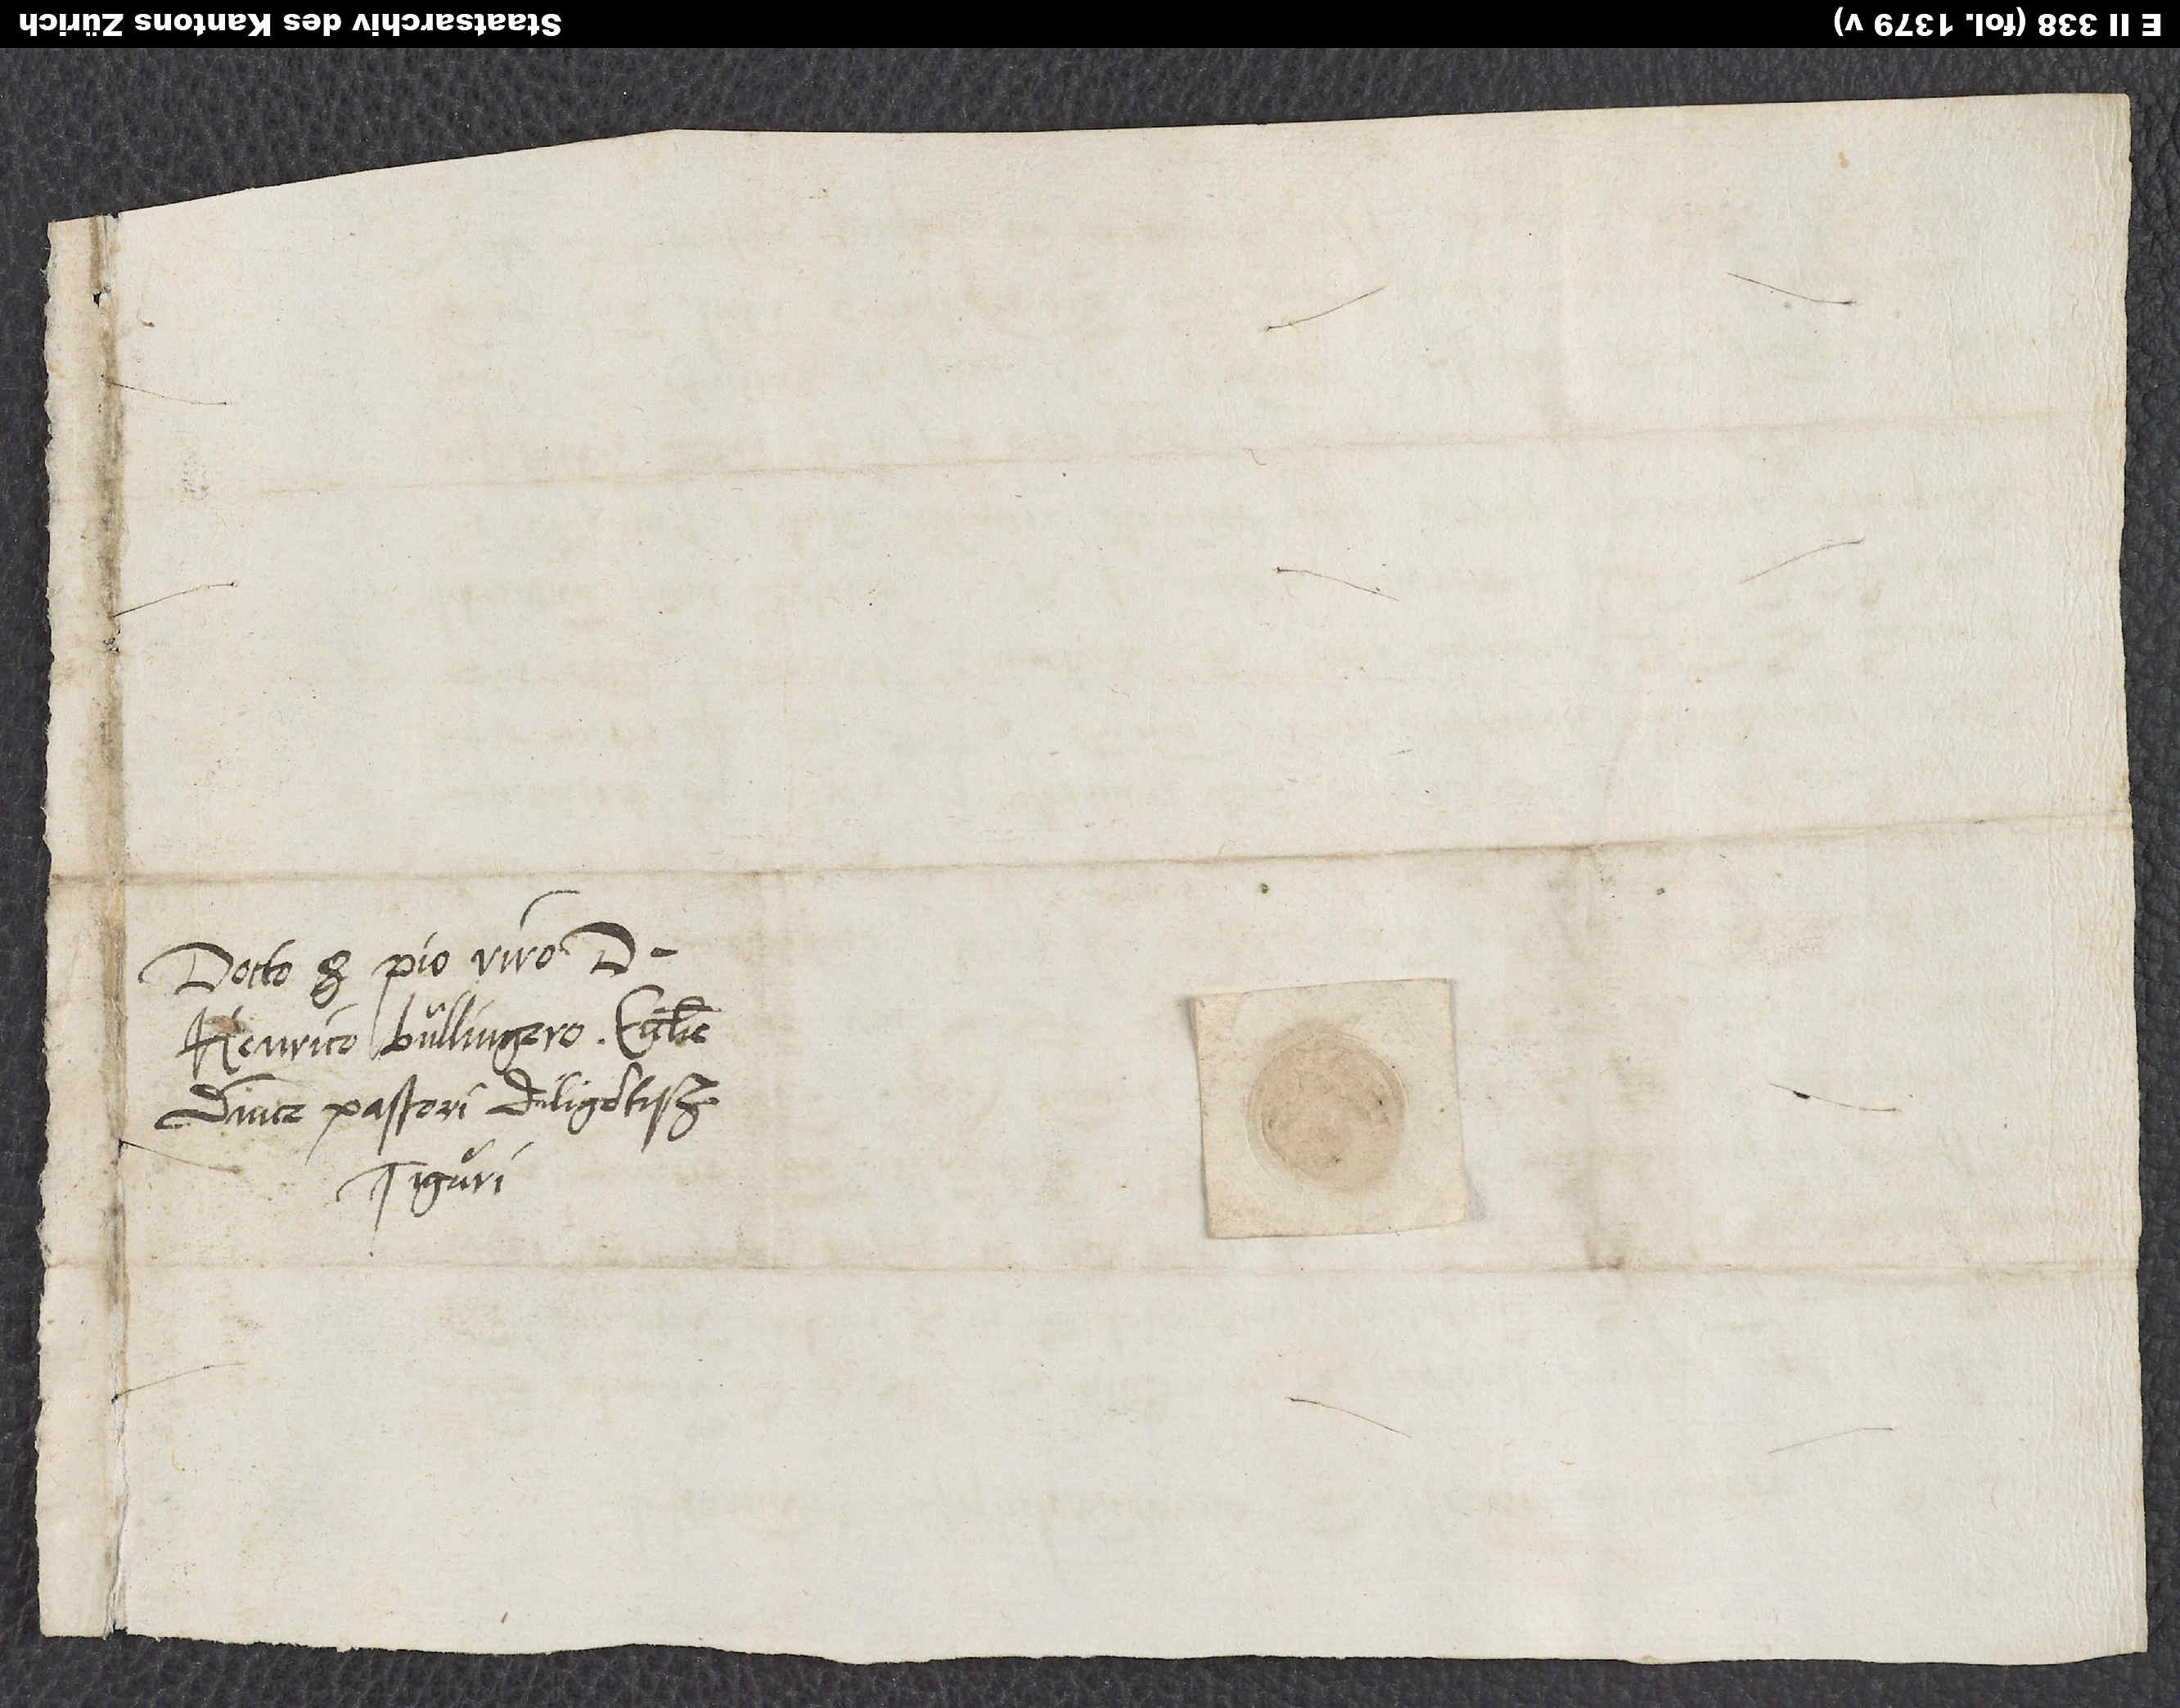
Docto et pio viro d.
Henrico Bullingero, ecclesie
dominice pastori diligentissimo.
Tiguri.